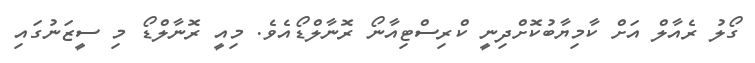
ގޯލު ރެއާލް އަށް ކާމިޔާބުކޮށްދިނީ ކްރިސްޓިއާނޯ ރޮނާލްޑޯއެވެ. މިއީ ރޮނާލްޑޯ މި ސީޒަނުގައި